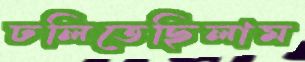
ঢলিতেছিলাম